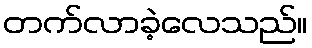
တက်လာခဲ့လေသည်။